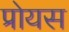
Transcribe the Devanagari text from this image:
प्रोयस